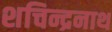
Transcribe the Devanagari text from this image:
शचिन्द्रनाथ